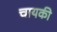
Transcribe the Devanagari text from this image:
चायकी